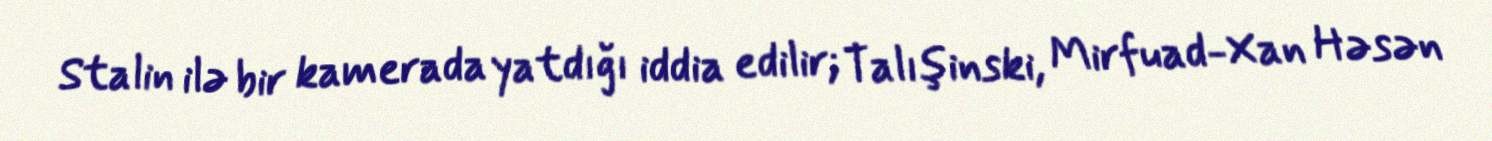
Stalin ilə bir kamerada yatdığı iddia edilir; Talışinski, Mirfuad-Xan Həsən